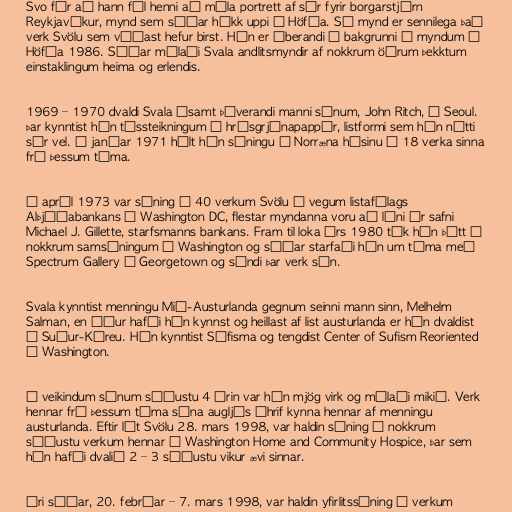
Svo fór að hann fól henni að mála portrett af sér fyrir borgarstjórn
Reykjavíkur, mynd sem síðar hékk uppi í Höfða. Sú mynd er sennilega það
verk Svölu sem víðast hefur birst. Hún er áberandi í bakgrunni á myndum í
Höfða 1986. Síðar málaði Svala andlitsmyndir af nokkrum öðrum þekktum
einstaklingum heima og erlendis.

1969 – 1970 dvaldi Svala ásamt þáverandi manni sínum, John Ritch, í Seoul.
Þar kynntist hún tússteikningum á hrísgrjónapappír, listformi sem hún nýtti
sér vel. Í janúar 1971 hélt hún sýningu í Norræna húsinu á 18 verka sinna
frá þessum tíma.

Í apríl 1973 var sýning á 40 verkum Svölu á vegum listafélags
Alþjóðabankans í Washington DC, flestar myndanna voru að láni úr safni
Michael J. Gillette, starfsmanns bankans. Fram til loka árs 1980 tók hún þátt í
nokkrum samsýningum í Washington og síðar starfaði hún um tíma með
Spectrum Gallery í Georgetown og sýndi þar verk sín.

Svala kynntist menningu Mið-Austurlanda gegnum seinni mann sinn, Melhelm
Salman, en áður hafði hún kynnst og heillast af list austurlanda er hún dvaldist
í Suður-Kóreu. Hún kynntist Súfisma og tengdist Center of Sufism Reoriented
í Washington.

Í veikindum sínum síðustu 4 árin var hún mjög virk og málaði mikið. Verk
hennar frá þessum tíma sýna augljós áhrif kynna hennar af menningu
austurlanda. Eftir lát Svölu 28. mars 1998, var haldin sýning á nokkrum
síðustu verkum hennar í Washington Home and Community Hospice, þar sem
hún hafði dvalið 2 – 3 síðustu vikur ævi sinnar.

Ári síðar, 20. febrúar – 7. mars 1998, var haldin yfirlitssýning á verkum